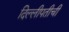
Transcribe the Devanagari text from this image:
दिल्लीपतीची